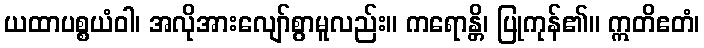
ယထာပစ္စယံဝါ၊ အလိုအားလျော်စွာမူလည်း။ ကရောန္တိ၊ ပြုကုန်၏။ ဣတိဧတံ၊